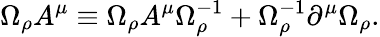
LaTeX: \Omega_{\rho}A^{\mu}\equiv\Omega_{\rho}A^{\mu}\Omega_{\rho}^{-1}+\Omega_{\rho}^{-1}\partial^{\mu}\Omega_{\rho}.